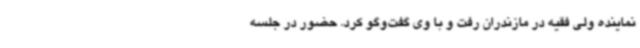
نماینده ولی فقیه در مازندران رفت و با وی گفت‌وگو کرد. حضور در جلسه